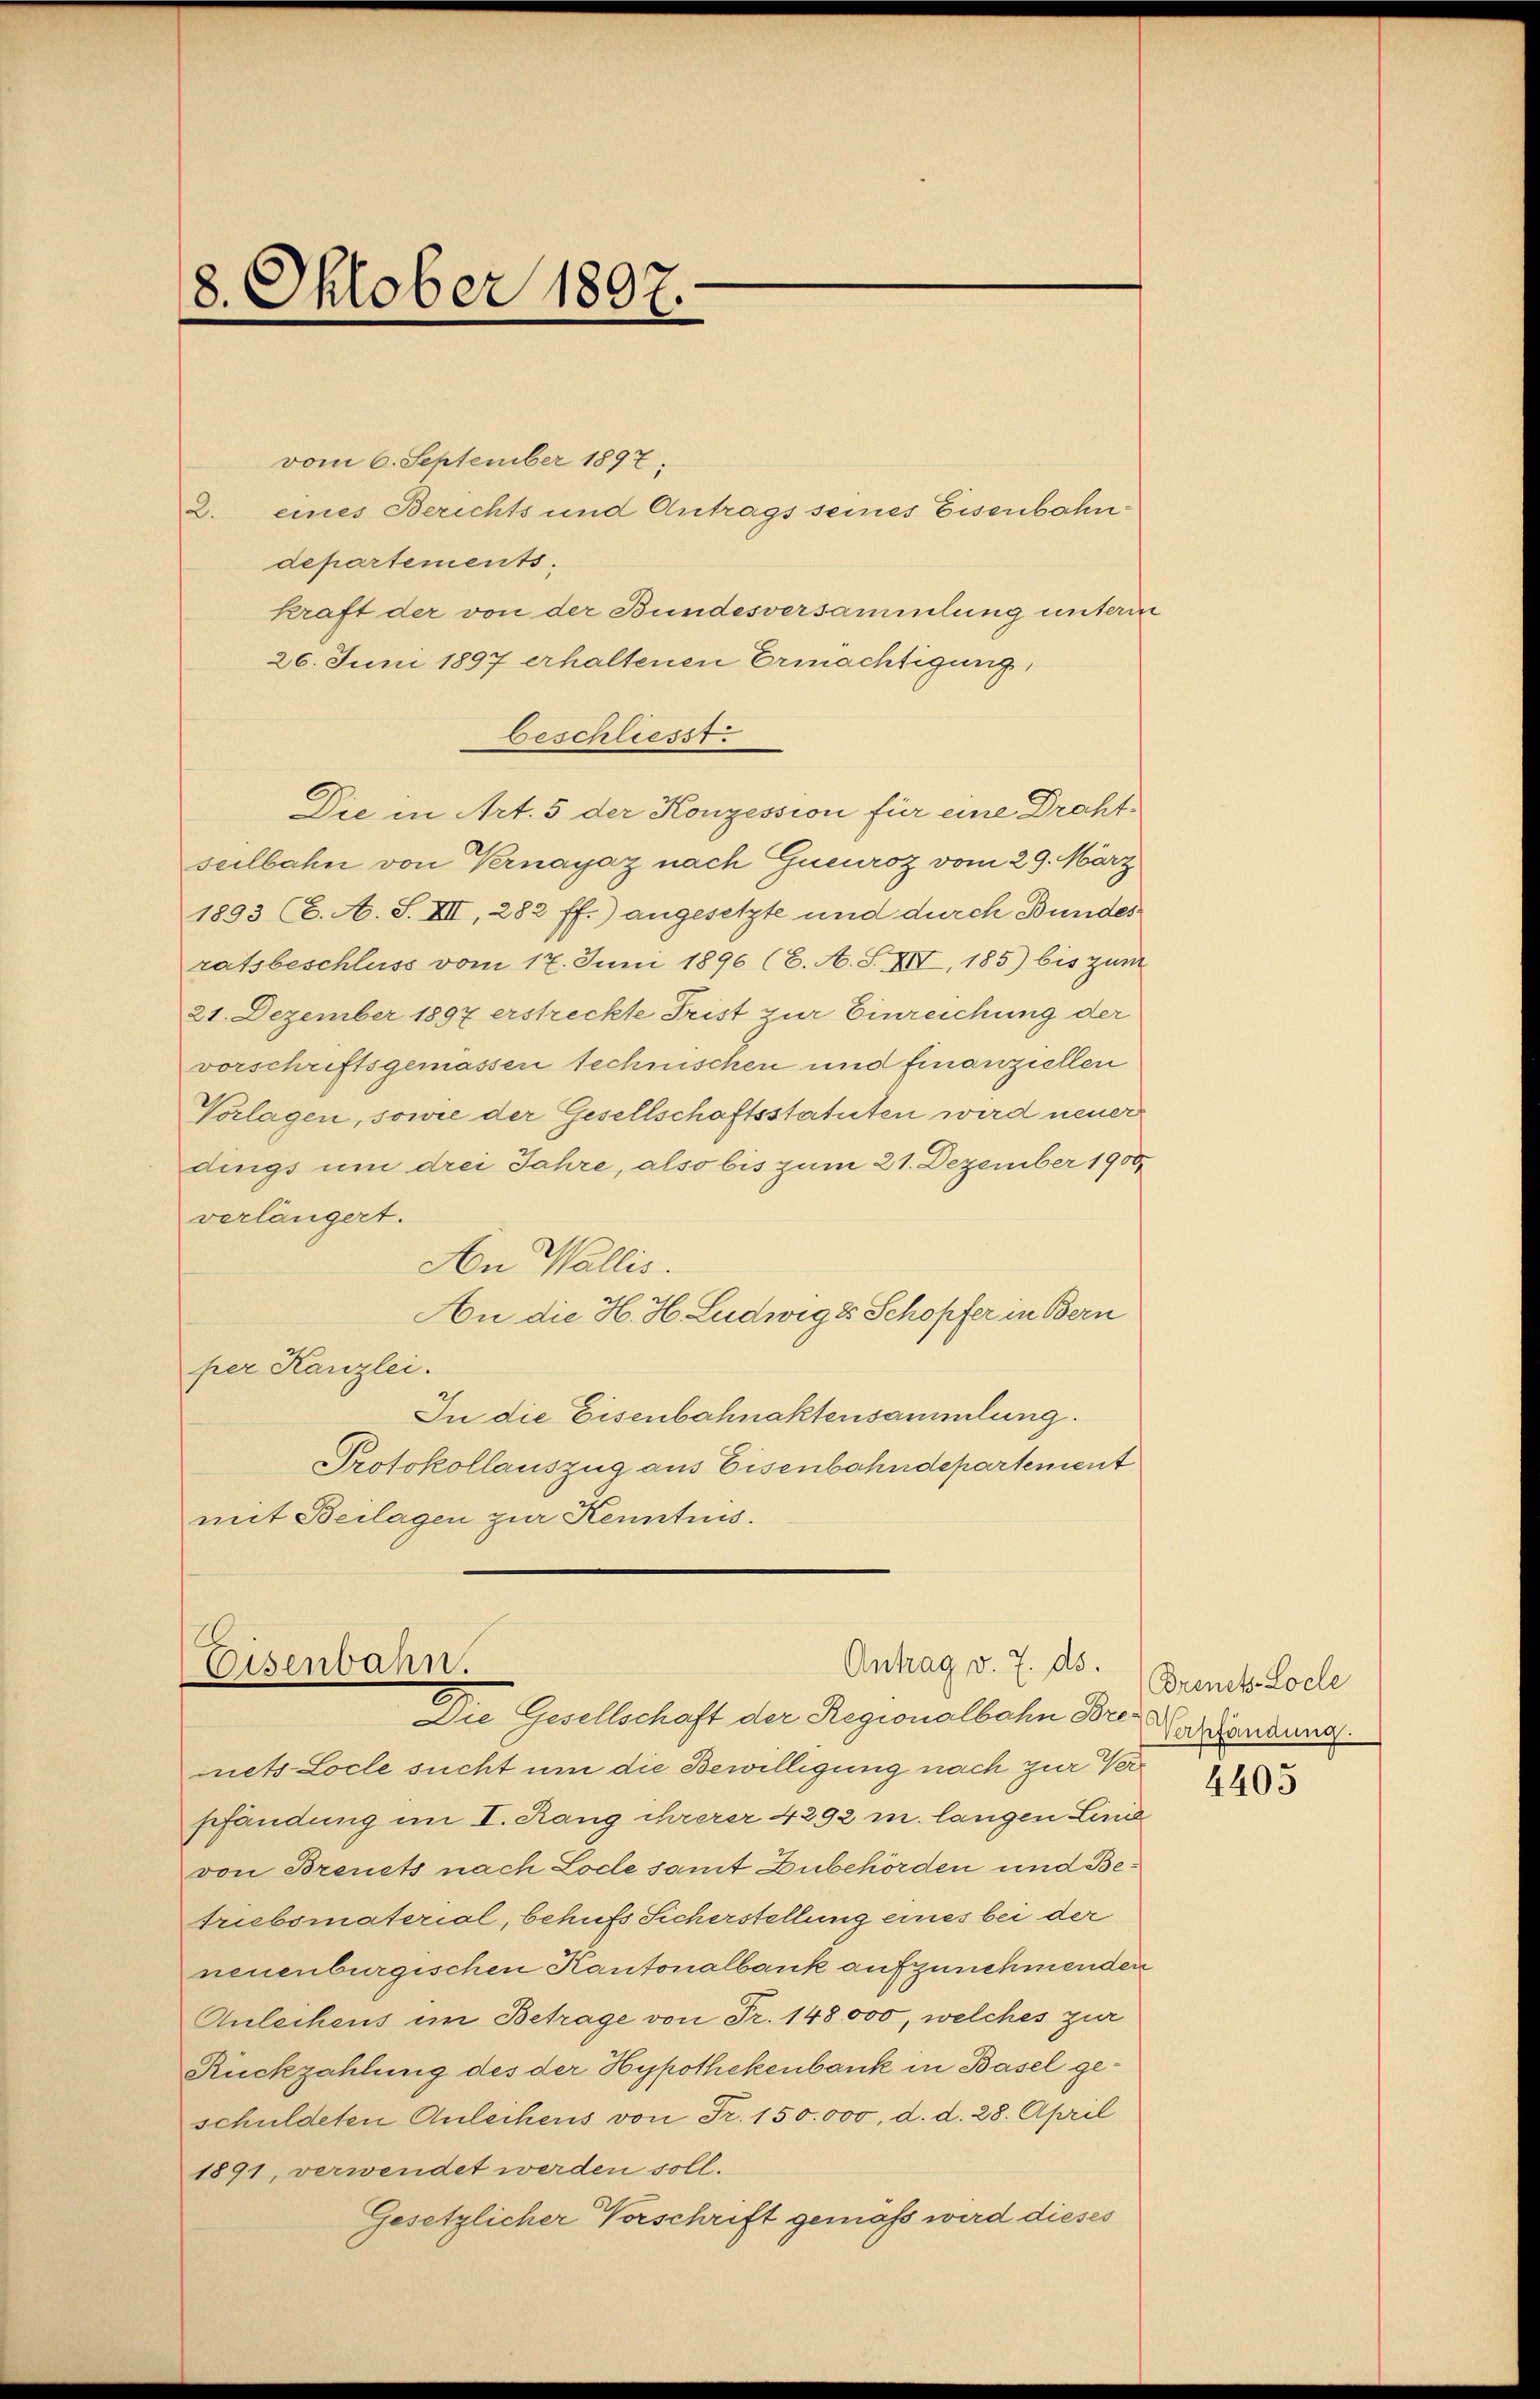
8. Oktober 1897
e

vom 6. September 1897.
eines Berichts und Antrags seines Eisenbahn¬
2.
departements.
kraft der von der Bundesversammlung unterm
26. Juni 1897 erhaltenen Ermächtigung,
beschliesst.
Die in Art. 5 der Konzession für eine Drahtsuilbahn von Vernayaz nach Gueuroz vom 29. März
1893 (6. A. S. XII, 282 ff.) angesetzte und durch Bundes
ratsbeschluss vom 17. Juni 1896 (2. A. S. XII, 185) bis zum
21. Dezember 1897 erstreckte Frist zur Einreichung der
vorschriftsgemassen technischen und finanziellen
Vorlagen, sowie der Gesellschaftsstatuten wird neuer
dings um drei Jahre, also bis zum 21. Dezember 1900
verlängert.
An Wallis.
An die H. H. Ludwig 8 Schopfer in Bern
per Kanzlei.
In die Eisenbahnaktensammlung.
Protokollauszug aus Eisenbahndepartement
mit Beilagen zur Kenntnis.

Antrag v. 7. ds.
Eisenbahn.
Die Gesellschaft der Regionalbahn Bre¬

nets-Locle sucht um die Bewilligung nach zur Verschändung im I. Rang ihrerer 4292 m langen Leue
von Breuets nach Lode samt Zubehörden und Betriebsmaterial, behufs Sicherstellung eines bei der
neuenburgischen Kantonalbank aufzunehmenden
Anleihens im Betrage von Fr. 148,000, welches zur
Rückzahlung des der Hypothekenbank in Basel geschuldeten Anleihens von Fr. 150. 000, d. d. 28. April
1891, verwendet werden soll.
Gesetzlicher Vorschrift gemäß wird dieses

Brinets-Locle
Verpfändung.

4405